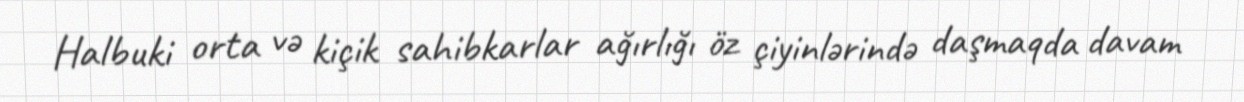
Halbuki orta və kiçik sahibkarlar ağırlığı öz çiyinlərində daşmaqda davam